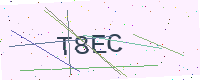
Text: T8EC